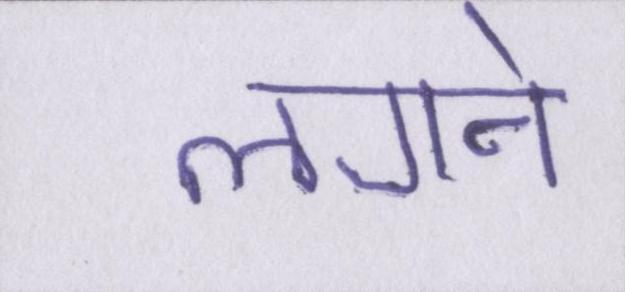
लगने